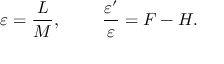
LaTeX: \varepsilon = \frac { L } { M } , ~ ~ ~ ~ ~ ~ ~ \frac { \varepsilon ^ { \prime } } { \varepsilon } = F - H .